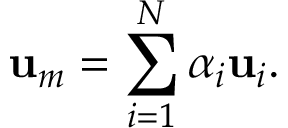
\mathbf { u } _ { m } = \sum _ { i = 1 } ^ { N } \alpha _ { i } \mathbf { u } _ { i } .